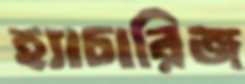
হ্যাচারিজ